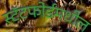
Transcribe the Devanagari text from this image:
स्टॅटफोर्डमधील